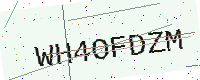
Text: WH4OFDZM